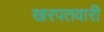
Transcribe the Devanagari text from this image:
खरपतवारी